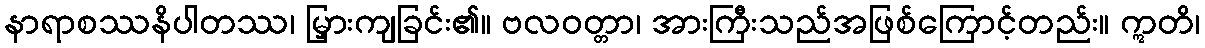
နာရာစဿနိပါတဿ၊ မြှားကျခြင်း၏။ ဗလဝတ္တာ၊ အားကြီးသည်အဖြစ်ကြောင့်တည်း။ ဣတိ၊